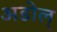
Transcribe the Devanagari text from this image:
अडोल्